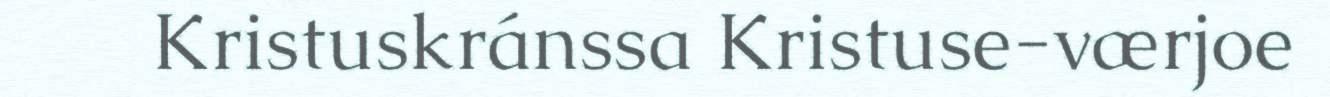
​ ​ ​ ​​ ​​ Kristuskránssa Kristuse-værjoe